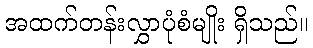
အထက်တန်းလွှာပုံစံမျိုး ရှိသည်။